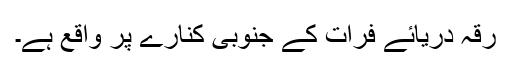
رقہ دریائے فرات کے جنوبی کنارے پر واقع ہے۔